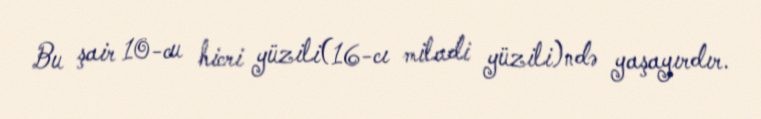
Bu şair 10-cu hicri yüzili(16-cı miladi yüzili)ndə yaşayırdır.